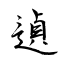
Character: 遉